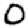
Digit: 0